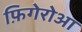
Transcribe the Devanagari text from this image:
फ़िगेरोआ